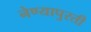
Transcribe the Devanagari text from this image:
नेण्यापुरती